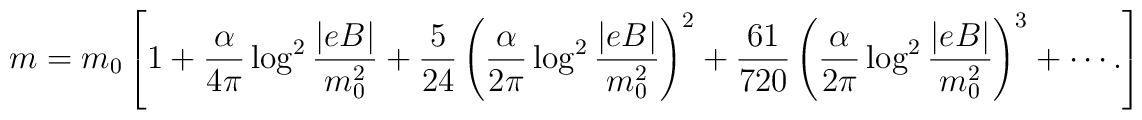
m=m_0\left[1+\frac{\alpha}{4\pi}\log^2\frac{|eB|}{m_0^2}+\frac{5}{24}\left(\frac{\alpha}{2\pi}\log^2\frac{|eB|}{m_0^2}\right)^2+\frac{61}{720}\left(\frac{\alpha}{2\pi}\log^2\frac{|eB|}{m_0^2}\right)^3+\cdots. \right]